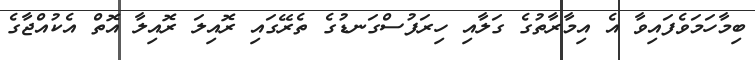
ބިމާހަމަވެފައިވާ އެ އިމާރާތުގެ ގަލާއި ހިރަފުސްގަނޑުގެ ތެރޭގައި ރޮއިލަ ރޮއިލާ އޮތް އެކުއްޖާގެ